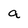
Character: a